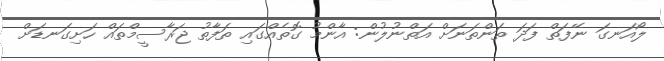
ލޯއަނގަ ނޭފަތް ފަދަ ތަންތަނަށް އަތްނުލުން: އާންމު ގޮތެއްގައި ތަފާތު ޖަރާސީމްތައް ހަށިގަނޑަށް